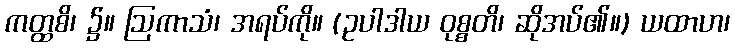
ကတ္ထစိ၊ ၌။ ဩကာသံ၊ အရပ်ကို။ (ဥပါဒါယ ဝုစ္စတိ၊ ဆိုအပ်၏။) ယထာဟ၊